Annual report of the Bengal Veterinary College and of the Civil Veterinary Department, Bengal, for the year 1899-1900 - 1899-1900
Year: 1899
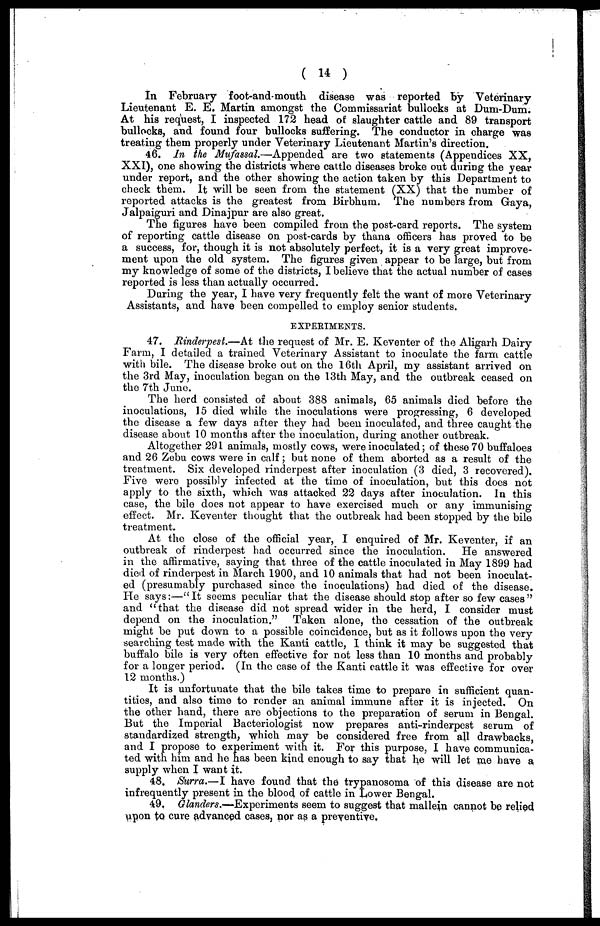
( 14 )
In February foot-and-mouth disease was reported by Veterinary
Lieutenant E. E. Martin amongst the Commissariat bullocks at Dum-Dum.
At his request, I inspected 172 head of slaughter cattle and 89 transport
bullocks, and found four bullocks suffering. The conductor in charge was
treating them properly under Veterinary Lieutenant Martin's direction.
46. In the Mufassal.—Appended are two statements (Appendices XX,
XXI), one showing the districts where cattle diseases broke out during the year
under report, and the other showing the action taken by this Department to
check them. It will be seen from the statement (XX) that the number of
reported attacks is the greatest from Birbhum. The numbers from Gaya,
Jalpaiguri and Dinajpur are also great.
The figures have been compiled from the post-card reports. The system
of reporting cattle disease on post-cards by thana officers has proved to be
a success, for, though it is not absolutely perfect, it is a very great improve-
ment upon the old system. The figures given appear to be large, but from
my knowledge of some of the districts, I believe that the actual number of cases
reported is less than actually occurred.
During the year, I have very frequently felt the want of more Veterinary
Assistants, and have been compelled to employ senior students.
EXPERIMENTS.
47. Rinderpest.—At the request of Mr. E. Keventer of the Aligarh Dairy
Farm, I detailed a trained Veterinary Assistant to inoculate the farm cattle
with bile. The disease broke out on the 16th April, my assistant arrived on
the 3rd May, inoculation began on the 13th May, and the outbreak ceased on
the 7th June.
The herd consisted of about 388 animals, 65 animals died before the
inoculations, 15 died while the inoculations were progressing, 6 developed
the disease a few days after they had been inoculated, and three caught the
disease about 10 months after the inoculation, during another outbreak.
Altogether 291 animals, mostly cows, were inoculated; of these 70 buffaloes
and 26 Zebu cows were in calf; but none of them aborted as a result of the
treatment. Six developed rinderpest after inoculation (3 died, 3 recovered).
Five were possibly infected at the time of inoculation, but this does not
apply to the sixth, which was attacked 22 days after inoculation. In this
case, the bile does not appear to have exercised much or any immunising
effect. Mr. Keventer thought that the outbreak had been stopped by the bile
treatment.
At the close of the official year, I enquired of Mr. Keventer, if an
outbreak of rinderpest had occurred since the inoculation. He answered
in the affirmative, saying that three of the cattle inoculated in May 1899 had
died of rinderpest in March 1900, and 10 animals that had not been inoculat-
ed (presumably purchased since the inoculations) had died of the disease.
He says:—"It seems peculiar that the disease should stop after so few cases"
and "that the disease did not spread wider in the herd, I consider must
depend on the inoculation." Taken alone, the cessation of the outbreak
might be put down to a possible coincidence, but as it follows upon the very
searching test made with the Kanti cattle, I think it may be suggested that
buffalo bile is very often effective for not less than 10 months and probably
for a longer period. (In the case of the Kanti cattle it was effective for over
12 months.)
It is unfortunate that the bile takes time to prepare in sufficient quan-
tities, and also time to render an animal immune after it is injected. On
the other hand, there are objections to the preparation of serum in Bengal.
But the Imperial Bacteriologist now prepares anti-rinderpest serum of
standardized strength, which may be considered free from all drawbacks,
and I propose to experiment with it. For this purpose, I have communica-
ted with him and he has been kind enough to say that he will let me have a
supply when I want it.
48. Surra.—I have found that the trypanosoma of this disease are not
infrequently present in the blood of cattle in Lower Bengal.
49. Glanders.—Experiments seem to suggest that mallein cannot be relied
upon to cure advanced cases, nor as a preventive.